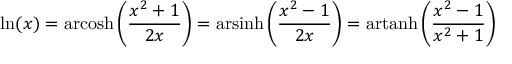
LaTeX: \ln ( x ) = \operatorname { a r c o s h } \left( { \frac { x ^ { 2 } + 1 } { 2 x } } \right) = \operatorname { a r s i n h } \left( { \frac { x ^ { 2 } - 1 } { 2 x } } \right) = \operatorname { a r t a n h } \left( { \frac { x ^ { 2 } - 1 } { x ^ { 2 } + 1 } } \right)